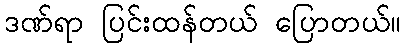
ဒဏ်ရာ ပြင်းထန်တယ် ပြောတယ်။